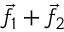
{ \vec { f } } _ { 1 } + { \vec { f } } _ { 2 }